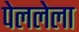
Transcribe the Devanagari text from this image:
पेललेला